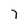
Character: 7